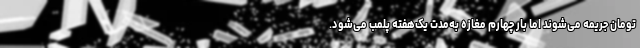
تومان جریمه می‌شوند اما بار چهارم مغازه به‌مدت یک‌هفته پلمب می‌شود.